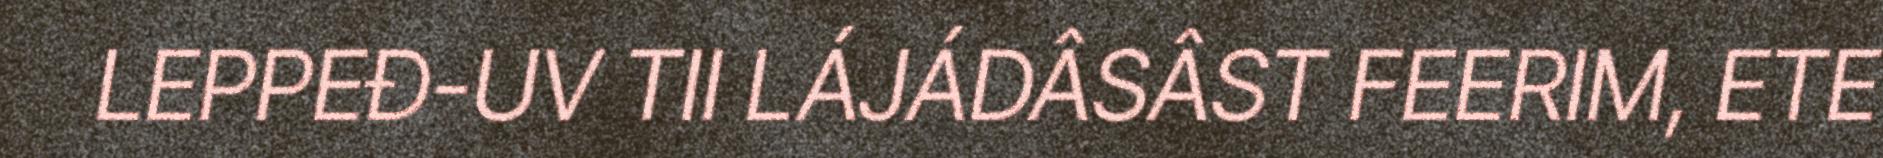
LEPPEĐ-UV TII LÁJÁDÂSÂST FEERIM, ETE